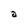
Character: a